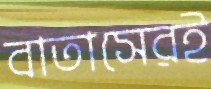
বাতাসেরই